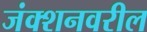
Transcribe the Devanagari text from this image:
जंक्शनवरील